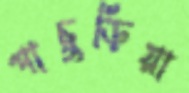
পাচুড়িয়া